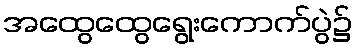
အထွေထွေရွေးကောက်ပွဲ၌